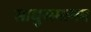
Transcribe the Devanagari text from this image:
साधुसमागम